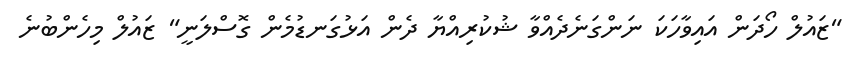
"ޒައުލް ހޯދަން އައިވާހަކަ ނަންގަނެދެއްވާ ޝުކުރިއްޔާ ދެން އަޅުގަނޑުމެން ގޮސްލަނީ" ޒައުލް މިހެންބުނެ